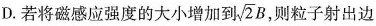
D.若将磁感应强度的大小增加到\sqrt{2}B，则粒子射出边